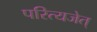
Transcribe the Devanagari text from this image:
परित्यजेत्